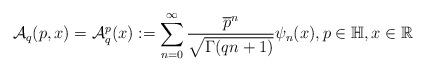
LaTeX: \begin{align*}\mathcal{A}_q(p,x)=\mathcal{A}_q^p (x):=\displaystyle \sum_{n=0}^\infty \frac{\overline{p}^n}{\sqrt{\Gamma(qn+1)}}\psi_n(x), p\in \mathbb{H}, x\in \mathbb{R}\end{align*}